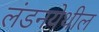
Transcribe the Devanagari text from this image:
लंडनयेथील